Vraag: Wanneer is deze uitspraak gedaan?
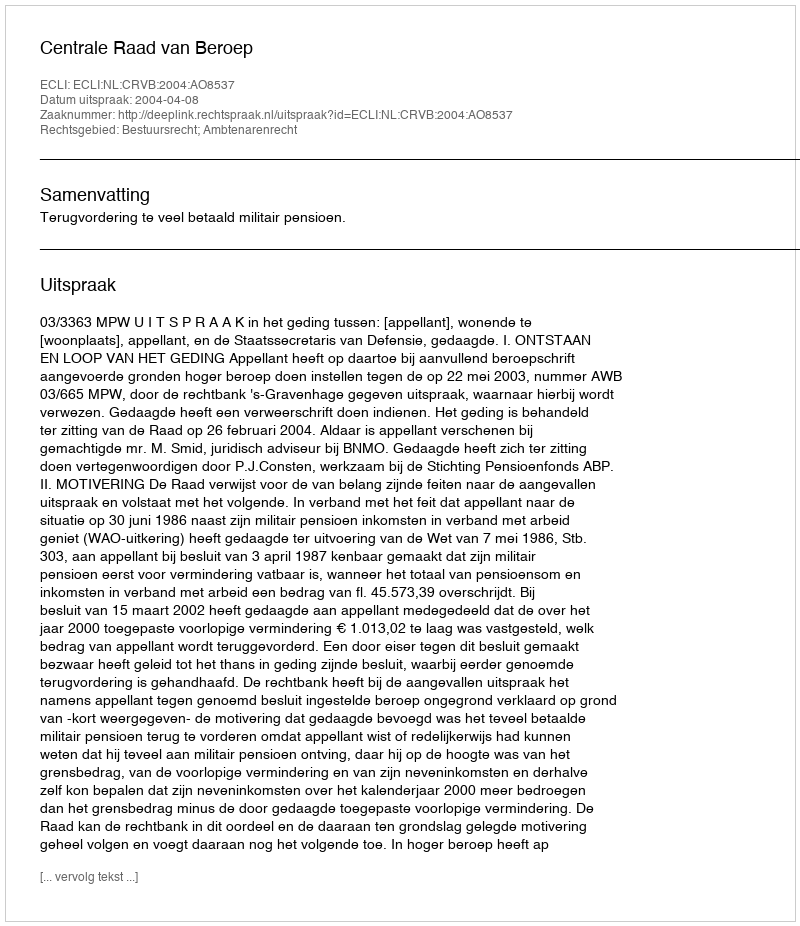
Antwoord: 2004-04-08